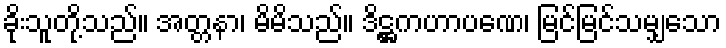
ခိုးသူတို့သည်။ အတ္တနာ၊ မိမိသည်။ ဒိဋ္ဌကဟာပဏေ၊ မြင်မြင်သမျှသော